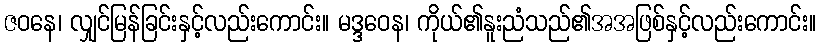
ဇဝနေ၊ လျှင်မြန်ခြင်းနှင့်လည်းကောင်း။ မဒ္ဒဝေန၊ ကိုယ်၏နူးညံသည်၏အအဖြစ်နှင့်လည်းကောင်း။